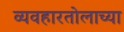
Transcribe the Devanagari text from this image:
व्यवहारतोलाच्या